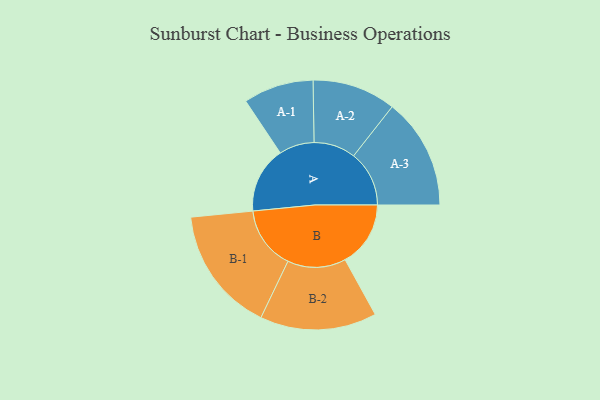
{"axis": {"x": "Segment", "y": "Value"}, "legend": ["", "A", "B"], "data": [{"x": "A", "y": 260, "type": ""}, {"x": "B", "y": 257, "type": ""}, {"x": "A-1", "y": 138, "type": "A"}, {"x": "A-2", "y": 164, "type": "A"}, {"x": "A-3", "y": 218, "type": "A"}, {"x": "B-1", "y": 247, "type": "B"}, {"x": "B-2", "y": 229, "type": "B"}]}